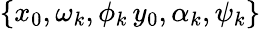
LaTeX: \{ x_{0},\omega_{k},\phi_{k}\, y_{0},\alpha_{k},\psi_{k}\}